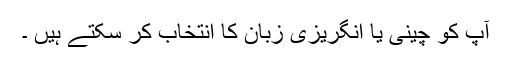
آپ کو چینی یا انگریزی زبان کا انتخاب کر سکتے ہیں ۔